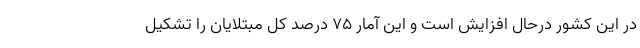
در این کشور درحال افزایش است و این آمار ۷۵ درصد کل مبتلایان را تشکیل